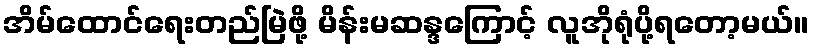
အိမ်ထောင်ရေးတည်မြဲဖို့ မိန်းမဆန္ဒကြောင့် လူအိုရုံပို့ရတော့မယ်။